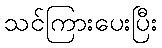
သင်ကြားပေးပြီး